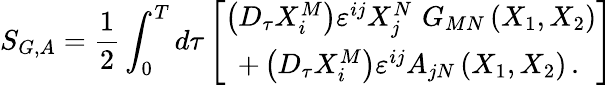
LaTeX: S_{G,A}=\frac 12\int_{0}^{T}d\tau\left[\begin{array}{c}{{\left(D_{\tau}X_{i}^{M}\right)\varepsilon^{ij}X_{j}^{N}\, \, G_{MN}\left(X_{1},X_{2}\right)}}\\ {{+\left(D_{\tau}X_{i}^{M}\right)\varepsilon^{ij}A_{jN}\left(X_{1},X_{2}\right)\, .\, }}\end{array}\right]